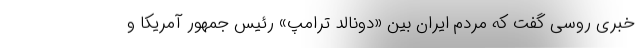
خبری روسی گفت که مردم ایران بین «دونالد ترامپ» رئیس جمهور آمریکا و